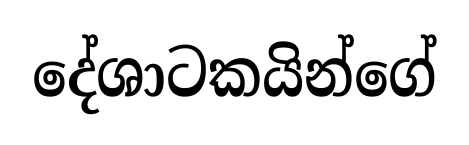
දේශාටකයින්ගේ